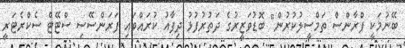
ބޭނުމަކީ ފްރާންސް ތަމްސީލުކުރުން" ބޮޑުވަޒީރުގެ ދަތުރުފުޅު ދިފާއު ކުރައްވައި ފަރަންސޭސި ސްޓޭޓް ސެކްރެޓަރީ